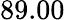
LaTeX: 89.00